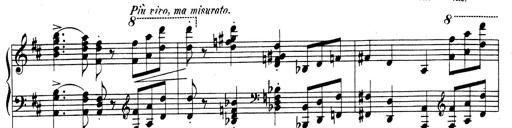
Title: Rhapsodie espagnole
Composer: Franz Liszt